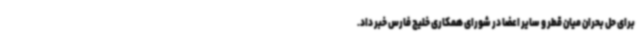
برای حل بحران میان قطر و سایر اعضا در شورای همکاری خلیج فارس خبر داد.